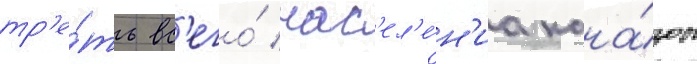
тр'е́ть вс'его́ нас'ел'е́н'иа кана́ды